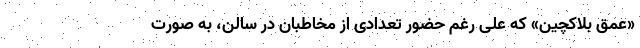
«عمق بلاکچین» که علی رغم حضور تعدادی از مخاطبان در سالن، به صورت